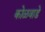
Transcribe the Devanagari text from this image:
कोळवाडे